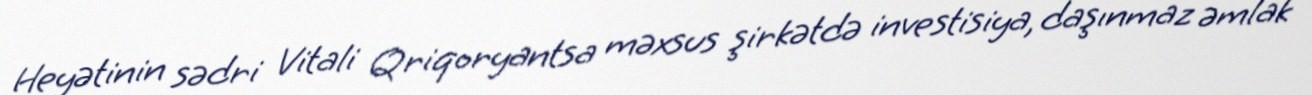
Heyətinin sədri Vitali Qriqoryantsa məxsus şirkətdə investisiya, daşınmaz əmlak